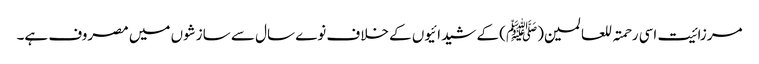
مرزائیت اسی رحمتہ للعالمین(ﷺ) کے شیدائیوں کے خلاف نوے سال سے سازشوں میں مصروف ہے۔